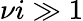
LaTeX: \nu i\gg 1